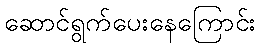
ဆောင်ရွက်ပေးနေကြောင်း